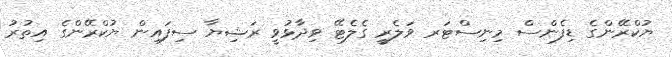
ޔުކްރޭންގެ ޑިފެންސް މިނިސްޓަރ ވަލެރީ ގެލެޓޭ ވިދާޅުވީ ރަޝިޔާ ސިފައިން ޔުކްރޭންގެ އިތުރު